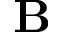
\mathbf { B }